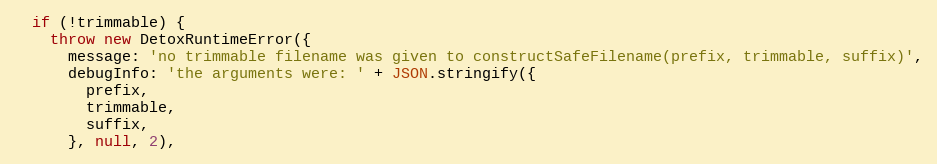
Language: JavaScript
  if (!trimmable) {
    throw new DetoxRuntimeError({
      message: 'no trimmable filename was given to constructSafeFilename(prefix, trimmable, suffix)',
      debugInfo: 'the arguments were: ' + JSON.stringify({
        prefix,
        trimmable,
        suffix,
      }, null, 2),